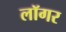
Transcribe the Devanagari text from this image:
लॉगर